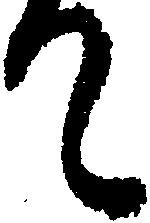
て